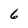
Character: 6